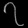
Digit: ၇